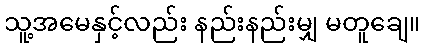
သူ့အမေနှင့်လည်း နည်းနည်းမျှ မတူချေ။